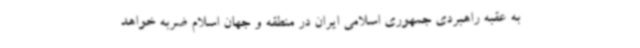
به عقبه راهبردی جمهوری اسلامی ایران در منطقه و جهان اسلام ضربه خواهد